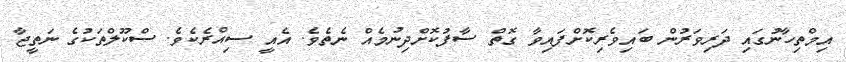
އިމްތިހާނުގައި ދަރިވަރުން ބައިވެރިކޮށްފައިވާ ގޮތް ސާފުކޮށްދިނުމެއް ނެތެވެ. އެއީ ސިއްރެކެވެ. ސްކޫލްތަކުގެ ނަތީޖާ